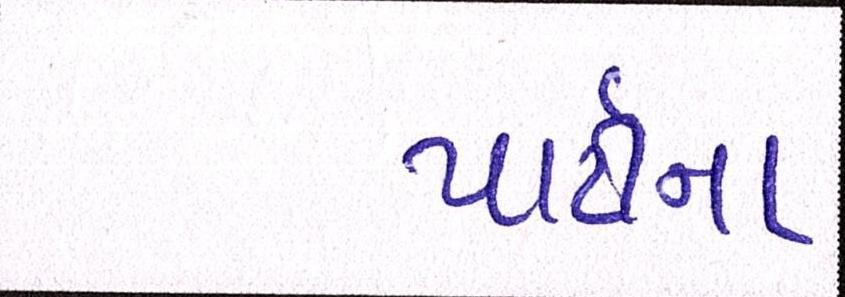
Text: પાર્ટીનાં